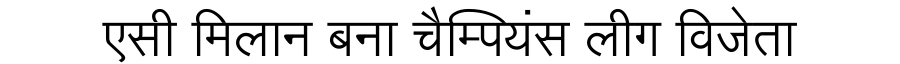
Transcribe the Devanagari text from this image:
एसी मिलान बना चैम्पियंस लीग विजेता